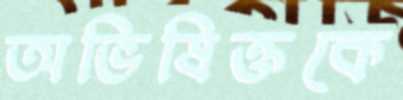
অভিষিক্তকে